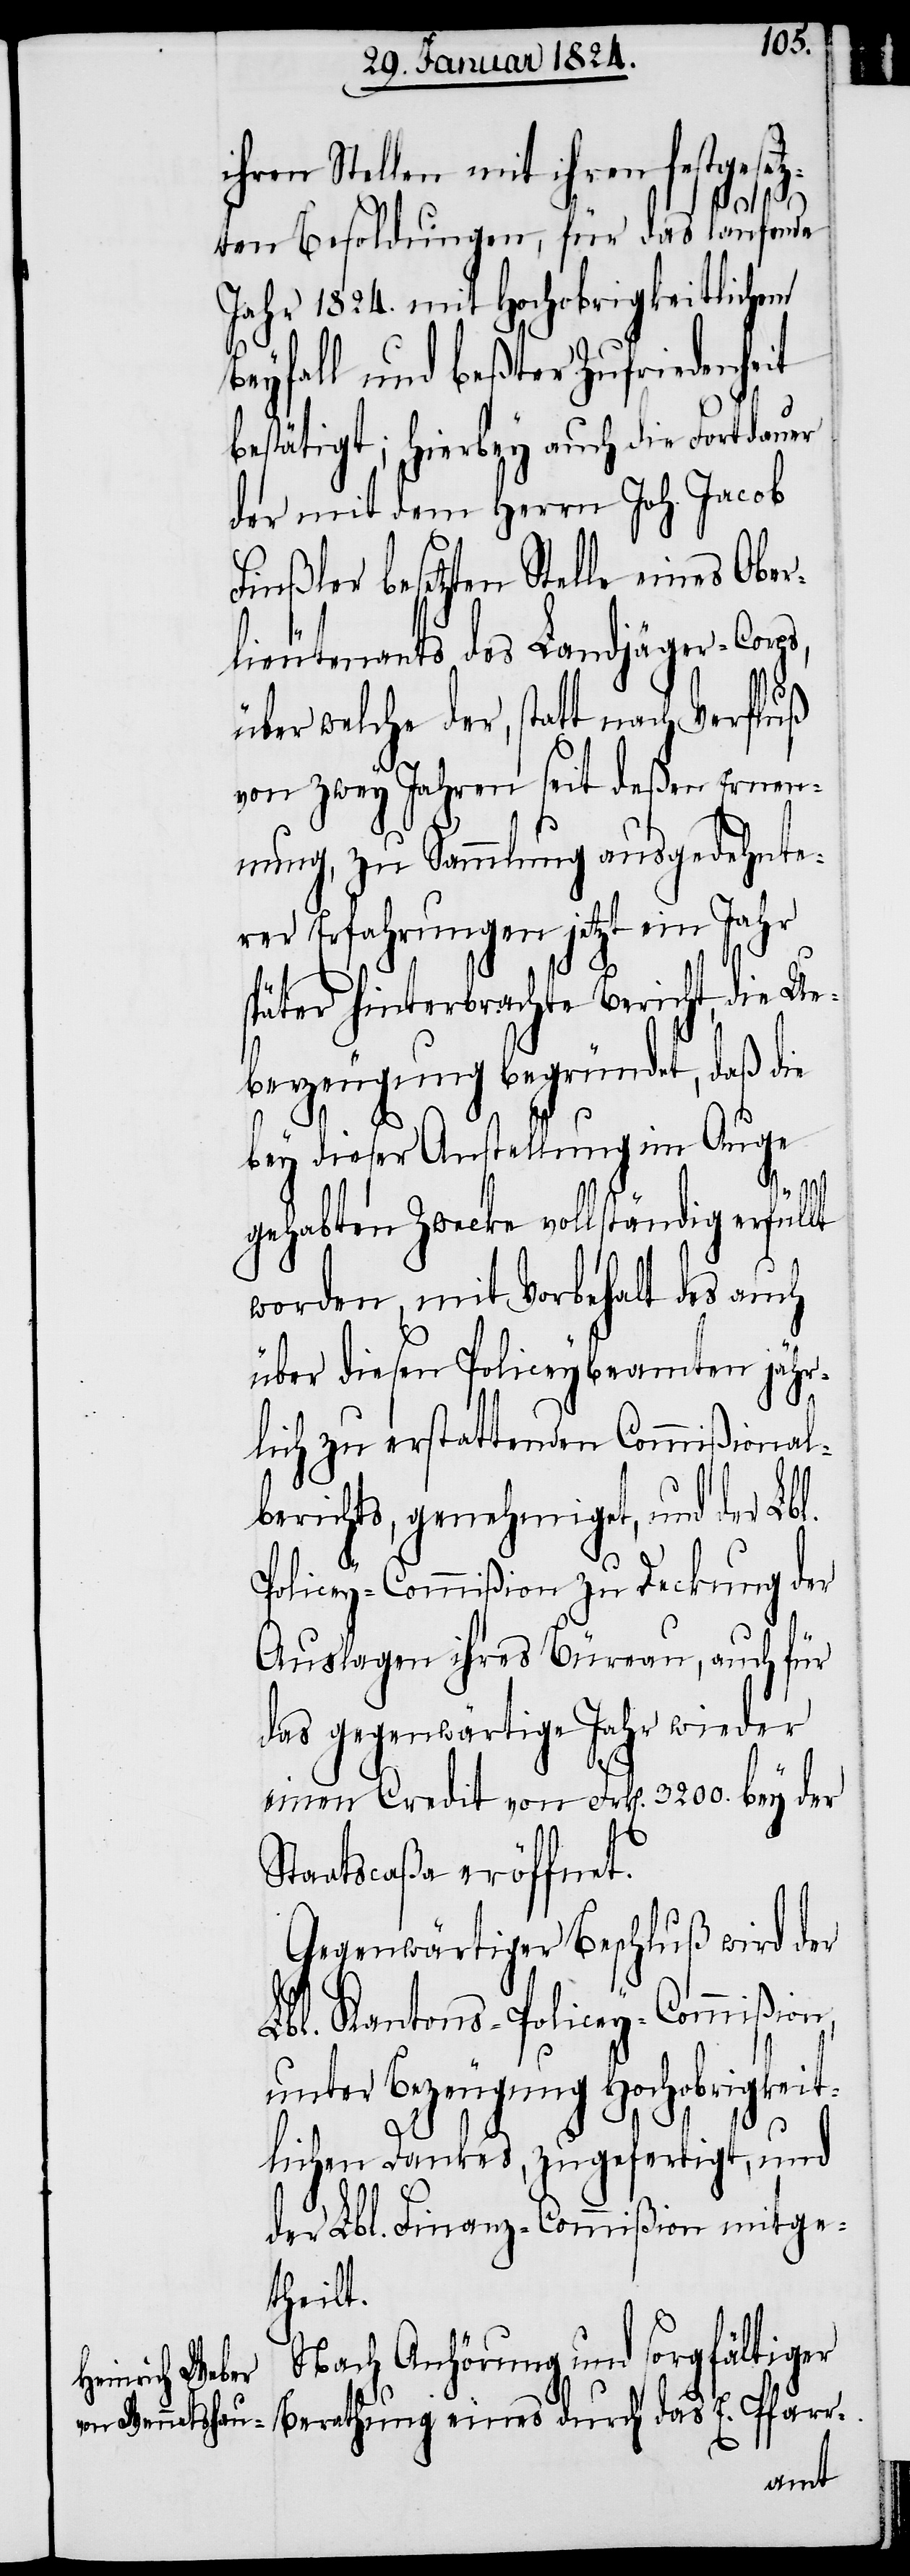
ihren Stellen mit ihren festgeset¬
zten Besoldungen, für das laufende
Jahr 1824. mit Hochobrigkeitlichem
Beyfall und beßter Zufriedenheit
bestätigt; hierbey auch die Fortdauer
der mit dem Herrn Joh. Jacob
Finßler besetzten Stelle eines Ober¬
lieutenants das Landjäger-Corp¬
über welche der, statt nach Verfluß
von zwey Jahren seit deßen Ernen¬
nung, zu Sammlung ausgedehnte¬
r Erfahrungen jetzt ein Jahr
später hinterbrachte Bericht, die Ue¬
berzeugung begründet, daß die
s,
bey dieser Anstellung im Auge
gehabten Zwecke vollständig erfüllt
worden, mit Vorbehalt des auch
über diesen Policeybeamten jähr¬
lich zu erstattenden Commißional¬
berichts, genehmiget, und der Lbl.
Policey-Commißion zu Deckung der
Auslagen ihres Büreau, auch für
das gegenwärtige Jahr wieder
einen Credit von Frk[en]. 3200. bey der
Staatscaßa eröffnet.
Gegenwärtiger Beschluß wird der
Lbl. Kantons-Policey-Commißion,
unter Bezeugung Hochobrigkeit¬
lichen Dankes, zugefertigt, und
der Lbl. Finanz-Commißion mitge¬
theilt.
Nach Anhörung und sorgfältiger
Berathung eines durch das E. Pfarr-